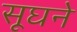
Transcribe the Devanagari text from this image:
सूघने